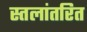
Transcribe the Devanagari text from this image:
स्तलांतरित